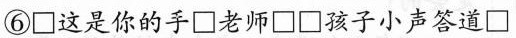
⑥\Box 这是你的手\Box老师\Box \Box孩子小声答道\Box